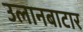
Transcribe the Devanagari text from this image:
उलानबाटार